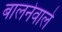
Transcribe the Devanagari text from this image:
बालनेवाले